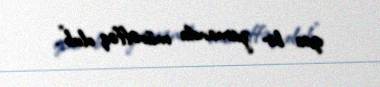
qısa bir zamanda müvəffəq olub".